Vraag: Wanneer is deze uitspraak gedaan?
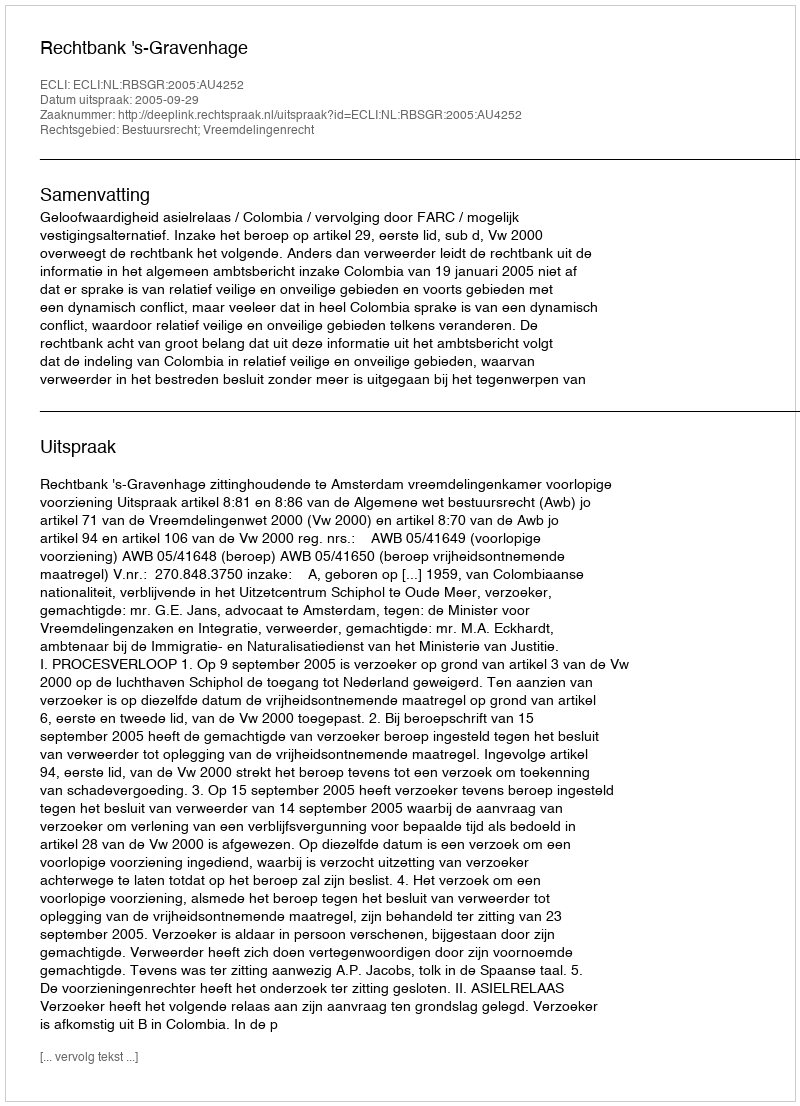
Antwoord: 2005-09-29